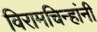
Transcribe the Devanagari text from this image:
विरामचिन्हांनी